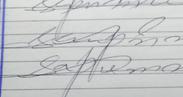
Signature authenticity: genuine